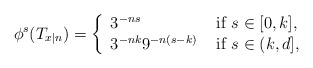
\begin{align*}\phi^s(T_{x|n})=\left\{\begin{array}{ll}3^{-ns} & \mbox{ if }s\in [0,k],\\3^{-nk} 9^{-n(s-k)} &\mbox{ if } s\in (k,d],\end{array}\right.\end{align*}